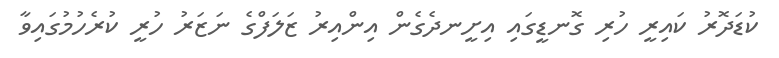
ކުޑަދޮރު ކައިރީ ހުރި ގޮނޑީގައި އިށީނދެގެން އިންއިރު ޒަލަފްގެ ނަޒަރު ހުރީ ކުރެހުމުގައިވާ